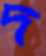
দ